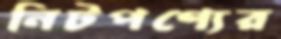
নিটপণ্যের